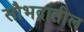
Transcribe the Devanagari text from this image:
सौभद्रातील